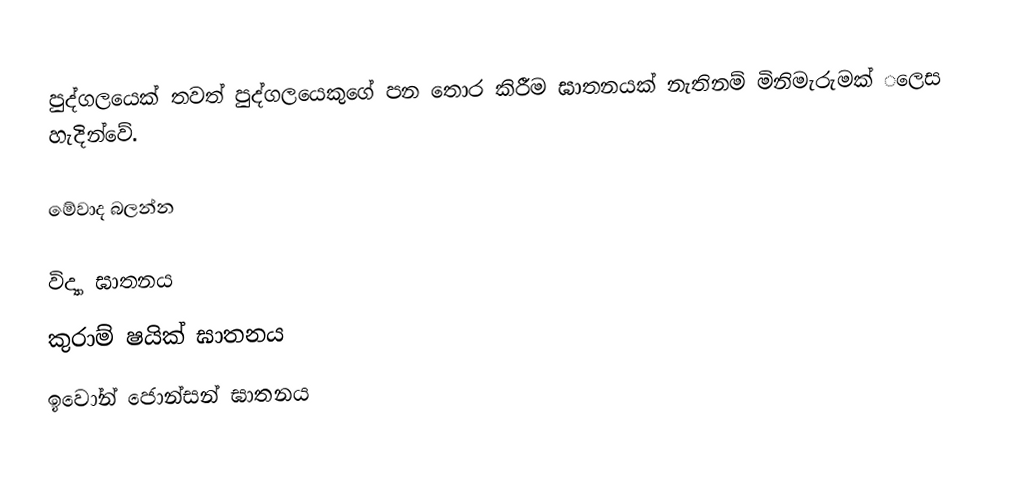
පුද්ගලයෙක් තවත් පුද්ගලයෙකුගේ පන ‌තොර කිරීම ඝාතනයක් නැතිනම් මිනිමැරුමක් ‌‌ලෙස හැදින්වේ.

මේවාද බලන්න

 විද්‍යා ඝාතනය
 කුරාම් ෂයික් ඝාතනය
 ඉවෝන් ජොන්සන් ඝාතනය